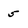
Character: 5